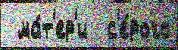
 ма́т'ер'и  с'е́рого